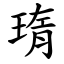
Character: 㻟